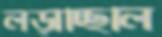
লড়াচ্ছিলি